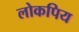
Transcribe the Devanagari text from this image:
लोकपिय